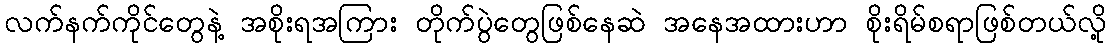
လက်နက်ကိုင်တွေနဲ့ အစိုးရအကြား တိုက်ပွဲတွေဖြစ်နေဆဲ အနေအထားဟာ စိုးရိမ်စရာဖြစ်တယ်လို့